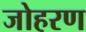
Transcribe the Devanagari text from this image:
जोहरण